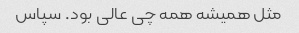
مثل همیشه همه چی عالی بود. سپاس